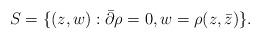
LaTeX: \begin{align*}S = \{ (z,w) : \bar{\partial} \rho = 0, w = \rho(z,\bar{z}) \} .\end{align*}